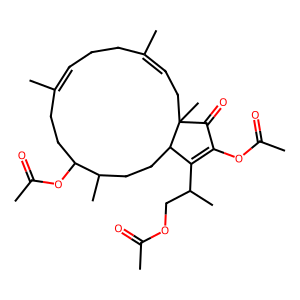
SMILES: CC(=O)OCC(C)C1=C(OC(C)=O)C(=O)C2(C)CC=C(C)CCC=C(C)CCC(OC(C)=O)C(C)CCC12
Inhibits HIV replication: No